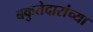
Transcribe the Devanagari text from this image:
बकुतेदारांच्या